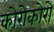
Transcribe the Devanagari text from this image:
कोरोकोरो